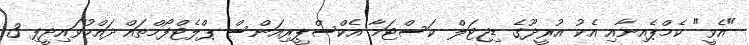
"އެވީ" ކެމްޕެއިނާއި އެކު އުރީދޫގެ ޑިޖިޓަލް ކަސްޓަމާ އެކްސްޕީރިއަންސް ޕްލެޓްފޯމްތައް ދައްކުވައިދީފި 3